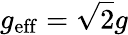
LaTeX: g_{\mathrm{eff}}=\sqrt{2}g